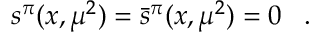
s ^ { \pi } ( x , \mu ^ { 2 } ) = \bar { s } ^ { \pi } ( x , \mu ^ { 2 } ) = 0 \; \; \; .